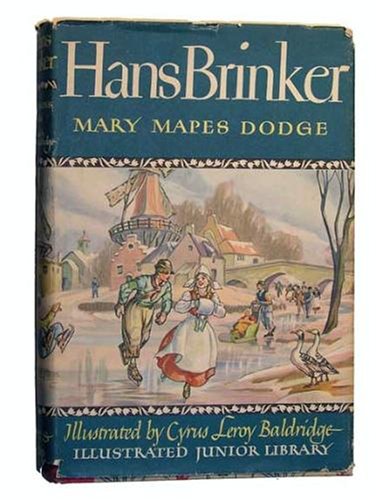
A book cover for Hans Brinker or The Silver Skates: A Story of Life in Holland; Mary Mapes Dodge; Travel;